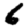
Digit: 6